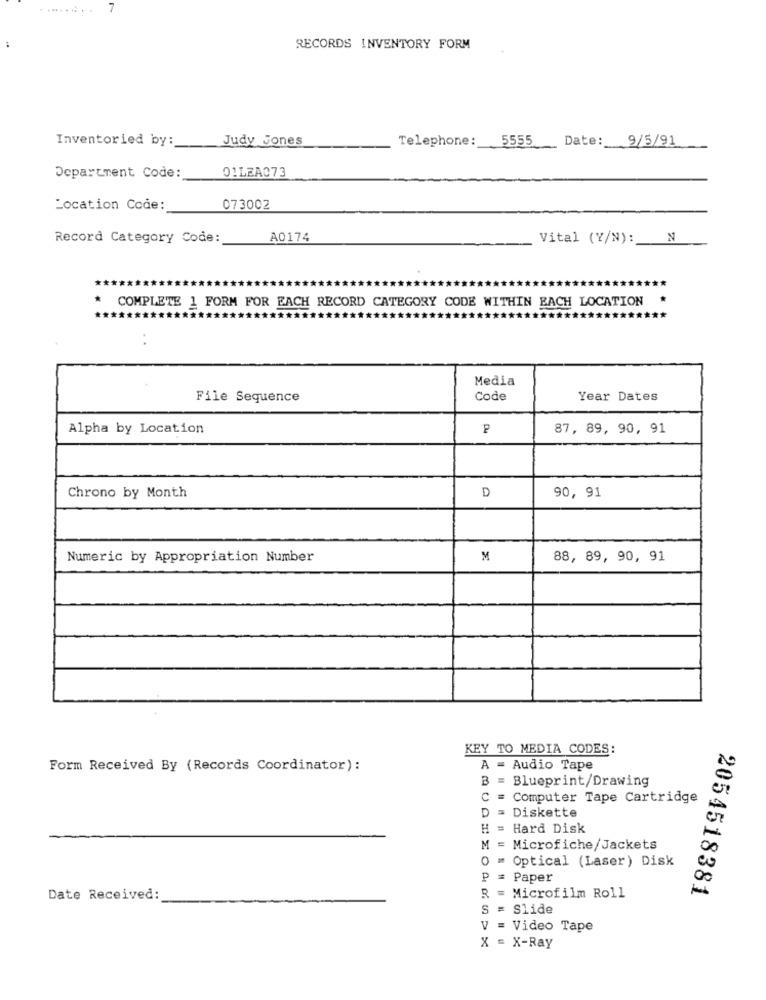
7
RECORDS INVENTORY FORM
Inventoried by:
Telephone:
5555
Date:
9/5/91
Judy Jones
Department Code:
01LEA073
Location Code:
073002
Record Category Code:
A0174
Vital (Y/N): N
COMPLETE 1 FORM FOR EACH RECORD CATEGORY CODE WITHIN EACH LOCATION
:
Media
File Sequence
Code
Year Dates
Alpha by Location
P
87, 89, 90, 91
Chrono by Month
D
90, 91
Numeric by Appropriation Number
M
88, 89, 90, 91
KEY TO MEDIA CODES:
Form Received By (Records Coordinator):
A = Audio Tape
B = Blueprint/Drawing
C = Computer Tape Cartridge
D = Diskette
H = Hard Disk
M = Microfiche/Jackets
O = Optical (Laser) Disk
P = Paper
2054518381
Date Received:
R = Microfilm Roll
S = Slide
= Video Tape
X = X-Ray